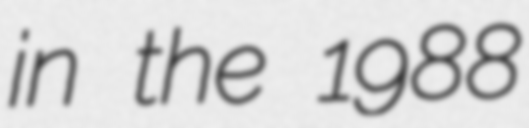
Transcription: in the 1988